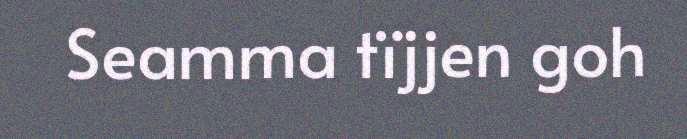
Seamma tïjjen goh